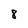
Character: 8